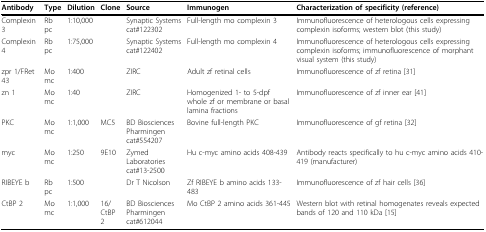
<table><thead><tr><td><b>Antibody</b></td><td><b>Type</b></td><td><b>Dilution</b></td><td><b>Clone</b></td><td><b>Source</b></td><td><b>Immunogen</b></td><td><b>Characterization of specificity (reference)</b></td></tr></thead><tbody><tr><td>Complexin 3</td><td>Rb pc</td><td>1:10,000</td><td></td><td>Synaptic Systems cat#122302</td><td>Full-length mo complexin 3</td><td>Immunofluorescence of heterologous cells expressing complexin isoforms; western blot (this study)</td></tr><tr><td>Complexin 4</td><td>Rb pc</td><td>1:75,000</td><td></td><td>Synaptic Systems cat#122402</td><td>Full-length mo complexin 4</td><td>Immunofluorescence of heterologous cells expressing complexin isoforms; immunofluorescence of morphant visual system (this study)</td></tr><tr><td>zpr 1/FRet 43</td><td>Mo mc</td><td>1:400</td><td></td><td>ZIRC</td><td>Adult zf retinal cells</td><td>Immunofluorescence of zf retina [31]</td></tr><tr><td>zn 1</td><td>Mo mc</td><td>1:40</td><td></td><td>ZIRC</td><td>Homogenized 1- to 5-dpf whole zf or membrane or basal lamina fractions</td><td>Immunofluorescence of zf inner ear [41]</td></tr><tr><td>PKC</td><td>Mo mc</td><td>1:1,000</td><td>MC5</td><td>BD Biosciences Pharmingen cat#554207</td><td>Bovine full-length PKC</td><td>Immunofluorescence of gf retina [32]</td></tr><tr><td>myc</td><td>Mo mc</td><td>1:250</td><td>9E10</td><td>Zymed Laboratories cat#13-2500</td><td>Hu c-myc amino acids 408-439</td><td>Antibody reacts specifically to hu c-myc amino acids 410-419 (manufacturer)</td></tr><tr><td>RIBEYE b</td><td>Rb pc</td><td>1:500</td><td></td><td>Dr T Nicolson</td><td>Zf RIBEYE b amino acids 133-483</td><td>Immunofluorescence of zf hair cells [36]</td></tr><tr><td>CtBP 2</td><td>Mo mc</td><td>1:1,000</td><td>16/CtBP 2</td><td>BD Biosciences Pharmingen cat#612044</td><td>Mo CtBP 2 amino acids 361-445</td><td>Western blot with retinal homogenates reveals expected bands of 120 and 110 kDa [15]</td></tr></tbody></table>